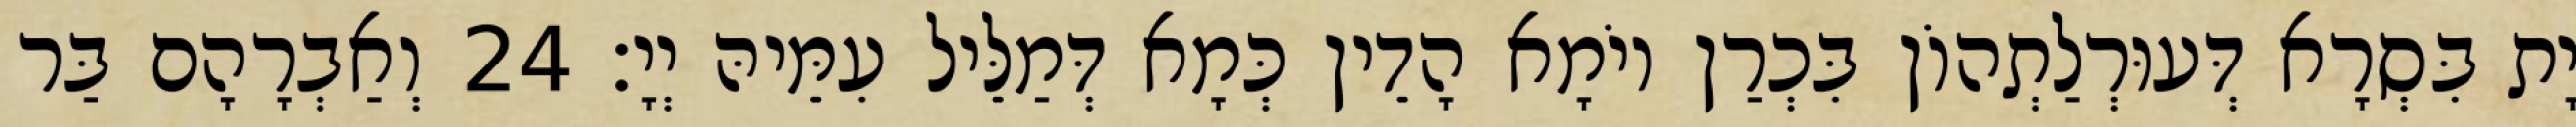
יָת בִּסְרָא דְּעוּרְלַתְהוֹן בִּכְרַן יוֹמָא הָדֵין כְּמָא דְּמַלֵּיל עִמֵּיהּ יְיָ׃ 24 וְאַבְרָהָם בַּר